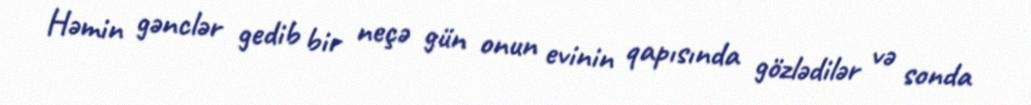
Həmin gənclər gedib bir neçə gün onun evinin qapısında gözlədilər və sonda